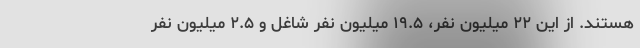
هستند. از این ۲۲ میلیون نفر، ۱۹.۵ میلیون نفر شاغل و ۲.۵ میلیون نفر